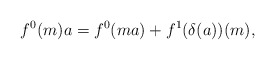
\begin{align*}f^{0}(m)a=f^{0}(ma)+f^{1}(\delta (a))(m),\end{align*}